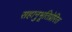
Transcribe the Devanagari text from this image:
सहानुभूतिप्रेरित